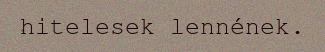
hitelesek lennének.